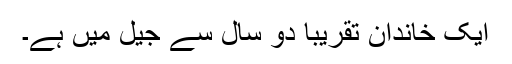
ایک خاندان تقریبا دو سال سے جیل میں ہے۔